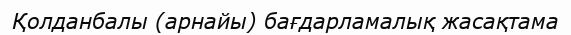
Қолданбалы (арнайы) бағдарламалық жасақтама